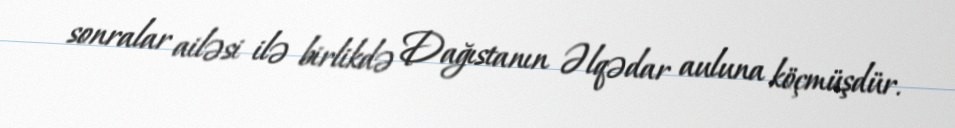
sonralar ailəsi ilə birlikdə Dağıstanın Əlqədar auluna köçmüşdür.